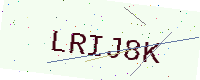
Text: LRIJ8K